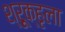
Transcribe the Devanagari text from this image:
श्रूृृक्हृला